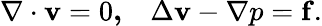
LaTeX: \mathbf{\nabla\cdot v}=0\mathbf{,\quad}\Delta\mathbf{v}-\mathbf{\nabla}p=\mathbf{f}.